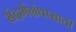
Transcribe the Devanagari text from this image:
संदर्भग्रंथासाठी